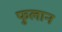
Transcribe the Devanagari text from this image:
फुलान